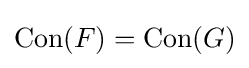
\operatorname {Con} (F)=\operatorname {Con} (G)